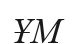
ҰМ